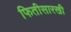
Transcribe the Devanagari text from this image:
फितीसारखी